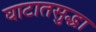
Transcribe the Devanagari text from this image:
घाटातसुद्धा